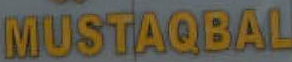
MUSTAQBAL